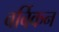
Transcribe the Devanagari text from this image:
बर्बिकन